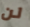
لن